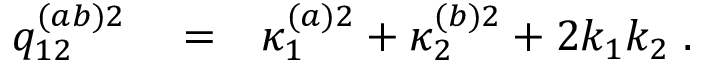
\begin{array} { r l r } { q _ { 1 2 } ^ { ( a b ) 2 } } & { { } = } & { \kappa _ { 1 } ^ { ( a ) 2 } + \kappa _ { 2 } ^ { ( b ) 2 } + 2 k _ { 1 } k _ { 2 } \; . } \end{array}